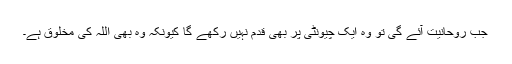
جب روحانیت آئے گی تو وہ ایک چیونٹی پر بھی قدم نہیں رکھے گا کیونکہ وہ بھی اللہ کی مخلوق ہے۔